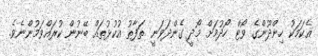
އެކަމަކު ހިންދޫންގެ ވޯޓް ހޯދުމަށް މޯދީ ގެންދަވަނީ ތަފާތު އުކުޅުތައް ބޭނުން ކުރައްވަމުންނެވެ.